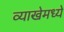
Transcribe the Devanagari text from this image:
व्याखेमध्ये